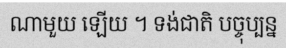
ណាមួយ ឡើយ ។ ទង់ជាតិ បច្ចុប្បន្ន